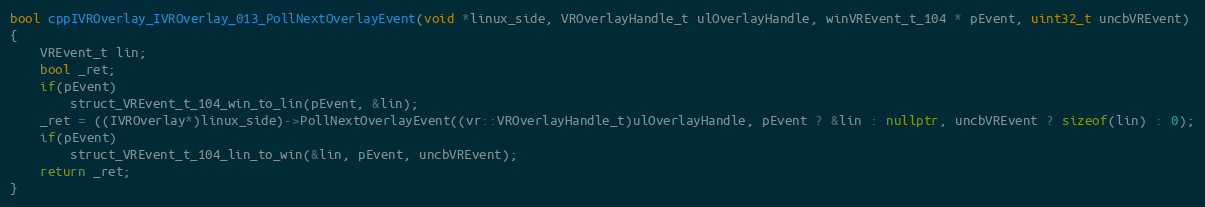
Language: C++
bool cppIVROverlay_IVROverlay_013_PollNextOverlayEvent(void *linux_side, VROverlayHandle_t ulOverlayHandle, winVREvent_t_104 * pEvent, uint32_t uncbVREvent)
{
    VREvent_t lin;
    bool _ret;
    if(pEvent)
        struct_VREvent_t_104_win_to_lin(pEvent, &lin);
    _ret = ((IVROverlay*)linux_side)->PollNextOverlayEvent((vr::VROverlayHandle_t)ulOverlayHandle, pEvent ? &lin : nullptr, uncbVREvent ? sizeof(lin) : 0);
    if(pEvent)
        struct_VREvent_t_104_lin_to_win(&lin, pEvent, uncbVREvent);
    return _ret;
}